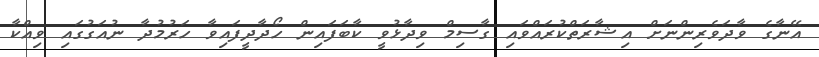
އޭނާގެ ވާދަވެރިންނަށް އިޝާރަތްކުރައްވައި ގާސިމް ވިދާޅުވީ ކާބަފައިން ހޯދާދީފައިވާ ހަރުމުދާ ނުއަގުގައި ވިއްކާ